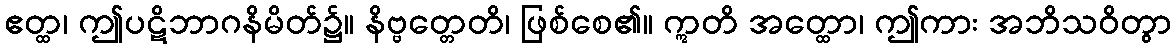
ဧတ္ထ၊ ဤပဋိဘာဂနိမိတ်၌။ နိဗ္ဗတ္တေတိ၊ ဖြစ်စေ၏။ ဣတိ အတ္ထော၊ ဤကား အဘိသဝိတွာ